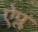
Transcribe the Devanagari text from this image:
ऐप्ल